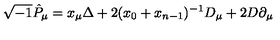
\sqrt { - 1 } \hat { P } _ { \mu } = x _ { \mu } \Delta + 2 ( x _ { 0 } + x _ { n - 1 } ) ^ { - 1 } D _ { \mu } + 2 D \partial _ { \mu }